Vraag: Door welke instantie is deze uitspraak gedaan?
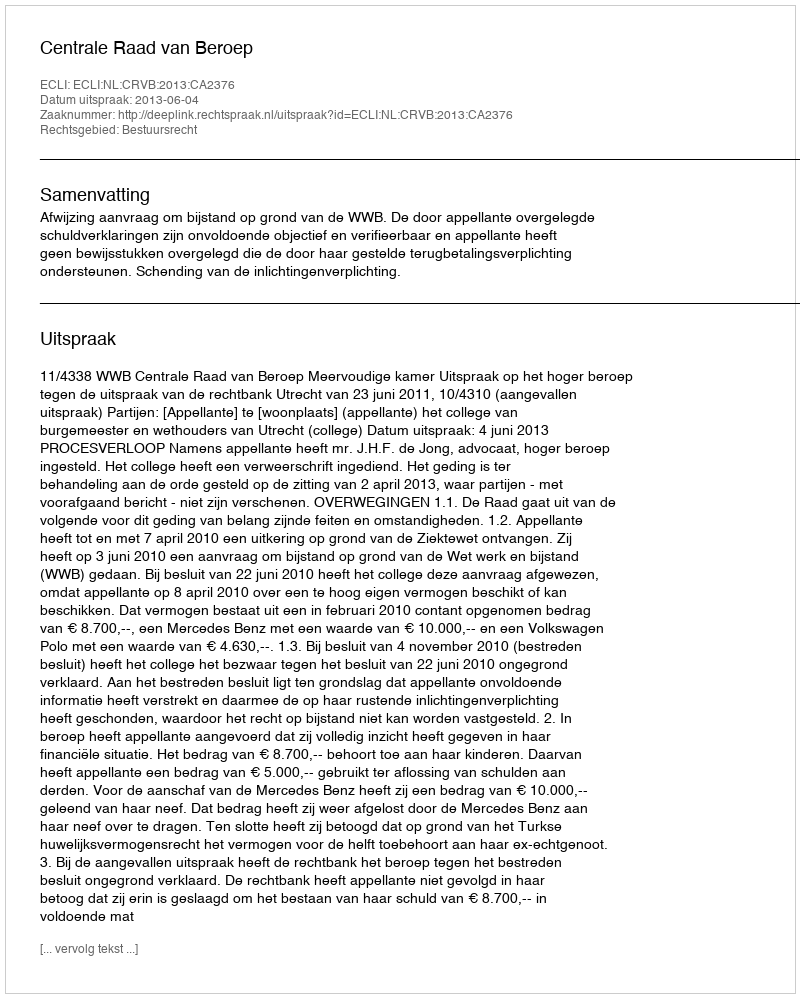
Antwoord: Centrale Raad van Beroep